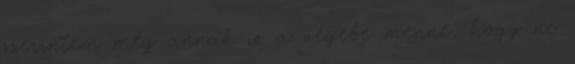
szerintem még annak is a végébe menne, hogy ne